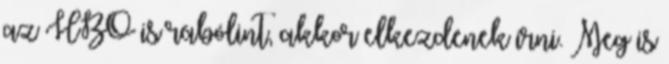
az HBO is rábólint, akkor elkezdenek írni. Meg is